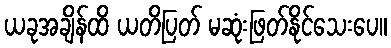
ယခုအချိန်ထိ ယတိပြတ် မဆုံးဖြတ်နိုင်သေးပေ။